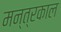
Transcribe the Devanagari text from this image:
मन्त्रकाल